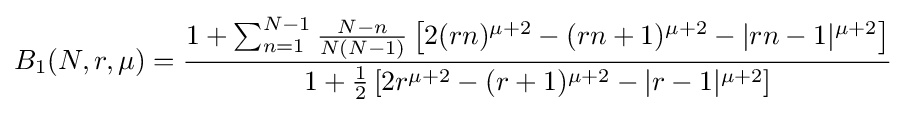
B_{1}(N,r,\mu )={\frac {1+\sum _{n=1}^{N-1}{\frac {N-n}{N(N-1)}}\left[2(rn)^{\mu +2}-(rn+1)^{\mu +2}-|rn-1|^{\mu +2}\right]}{1+{\frac {1}{2}}\left[2r^{\mu +2}-(r+1)^{\mu +2}-|r-1|^{\mu +2}\right]}}